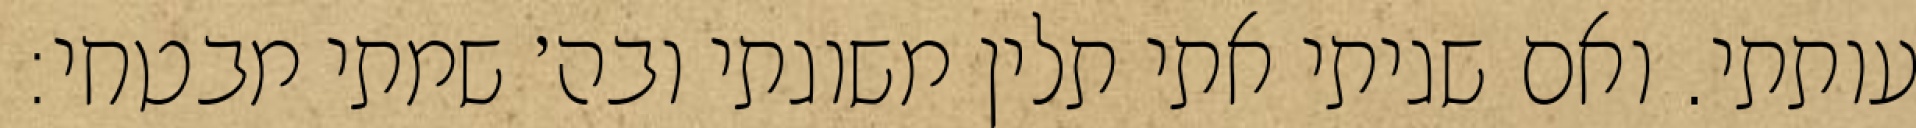
עותתי. ואם שגיתי אתי תלין משוגתי ובה׳ שמתי מבטחי: